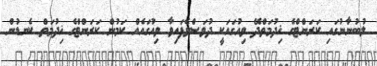
ލުބުނާނުގައި ކަރަންޓްގެ ޚިދުމަތްދޭ ވިއުގައަކީ ދުވަސްވެފައިވާ ވިއުގައެއް ކަމުން ކަރަންޓްގެ ޚިދުމަތް ކެނޑުން